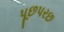
પૂછપરછ